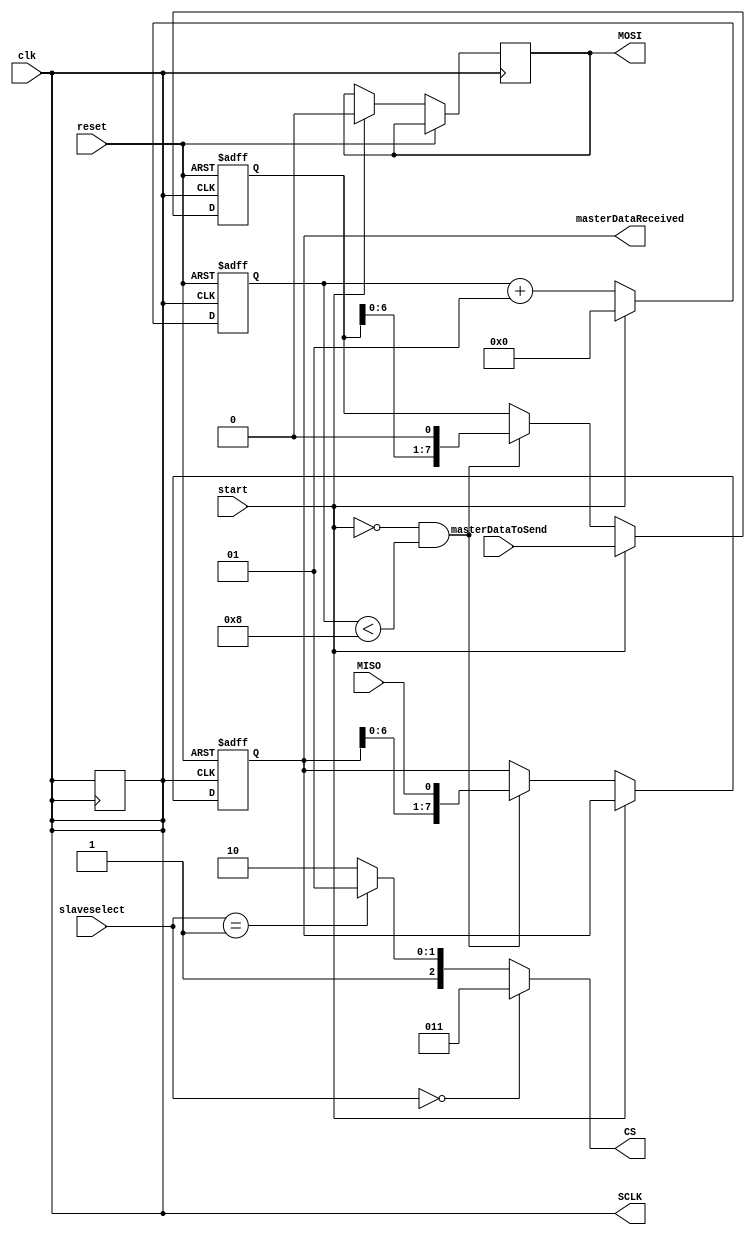
module Master
(
	input wire clk, reset,
	input wire start,
	input wire [1:0] slaveselect,
	input wire [7:0]  masterDataToSend,
	output [7:0] masterDataReceived,
	
	output reg SCLK,
	output  [0:2]CS,
	output reg MOSI, 
	input wire MISO
	
);

integer counter;
//integer flag;
reg [7:0] MDS;
reg [7:0] MDR;

wire [7:0] MDS_next;
wire [7:0] MDR_next;

always @(posedge clk , posedge reset)
begin

if(reset==1'b1)
	begin
		MDS=0;
		MDR=0;
		SCLK = clk;
		counter = 0;
	end
else if(start==1'b1)
	begin
		MDS = masterDataToSend;
		MOSI = 1'b0;
		counter = 0;
	end
else
	begin

		MDR=MDR_next;
		MDS=MDS_next;	
		counter = counter+1;
	end
end

assign MDS_next=(start==1'b0 && counter < 8)?{ MDS[6:0],1'b0 }:MDS;
assign MDR_next = (start==1'b0 && counter < 8)?{MDR[6:0],MISO}:MDR;
assign MOSI = MDS[7];
assign masterDataReceived = MDR;
assign CS = (slaveselect==2'b00)?3'b011:
	    (slaveselect==2'b01)?3'b101:3'b110;

assign SCLK = clk;

endmodule